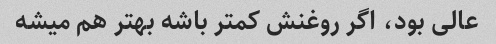
عالی بود، اگر روغنش کمتر باشه بهتر هم میشه